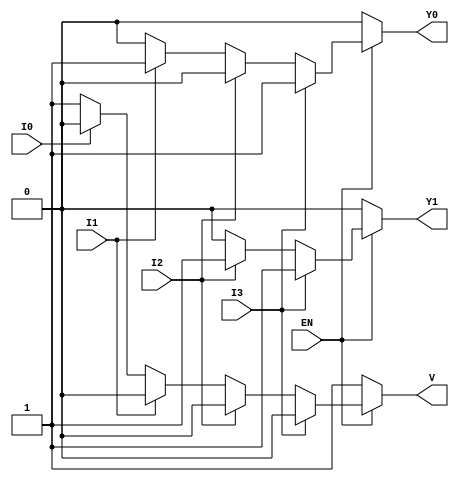
module encoder_4to2 (
    input wire EN,     // Enable input
    input wire I0,     // Input 0
    input wire I1,     // Input 1
    input wire I2,     // Input 2
    input wire I3,     // Input 3
    output reg Y0,     // Output 0
    output reg Y1,     // Output 1
    output reg V       // Invalid output
);

always @(*) begin
    // Default outputs
    Y0 = 1'b0;
    Y1 = 1'b0;
    V = 1'b1; // Assume invalid initially

    if (EN) begin
        // Check for the highest priority active input
        if (I3) begin
            Y1 = 1'b1; 
            Y0 = 1'b1; // I3 -> '11'
            V = 1'b0; // Valid output
        end else if (I2) begin
            Y1 = 1'b1; 
            Y0 = 1'b0; // I2 -> '10'
            V = 1'b0; // Valid output
        end else if (I1) begin
            Y1 = 1'b0; 
            Y0 = 1'b1; // I1 -> '01'
            V = 1'b0; // Valid output
        end else if (I0) begin
            Y1 = 1'b0; 
            Y0 = 1'b0; // I0 -> '00'
            V = 1'b0; // Valid output
        end
        // If no inputs are active, V remains 1 (invalid)
    end else begin
        // When EN is low, set outputs to defined states
        Y0 = 1'b0;
        Y1 = 1'b0;
        V = 1'b1; // Invalid state
    end
end

endmodule